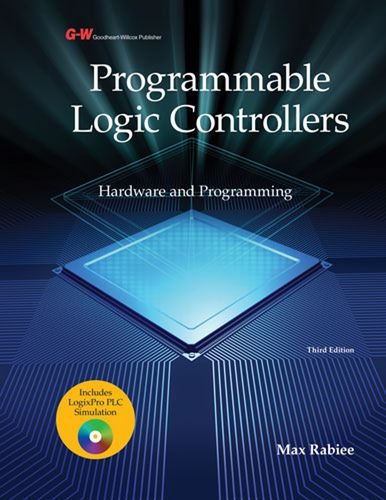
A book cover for Programmable Logic Controllers: Hardware and Programming; Max Rabiee; Computers & Technology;